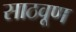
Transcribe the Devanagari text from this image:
साठवूण